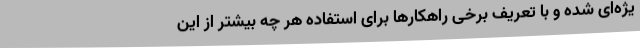
یژه‌ای شده و با تعریف برخی راهکارها برای استفاده هر چه بیشتر از این